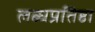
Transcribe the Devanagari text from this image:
लब्धप्रतिष्ठा